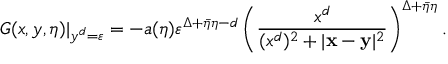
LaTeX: G ( x , y , \eta ) | _ { y ^ { d } = \varepsilon } = - a ( \eta ) \varepsilon ^ { \Delta + \bar { \eta } \eta - d } \left( \frac { x ^ { d } } { ( x ^ { d } ) ^ { 2 } + | \mathbf { x - y } | ^ { 2 } } \right) ^ { \Delta + \bar { \eta } \eta } .